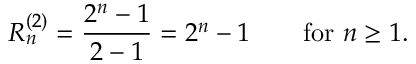
R _ { n } ^ { ( 2 ) } = { \frac { 2 ^ { n } - 1 } { 2 - 1 } } = { 2 ^ { n } - 1 } \qquad { \mathrm { f o r ~ } } n \geq 1 .